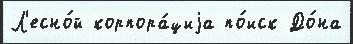
Л'есно́й корпора́циjа по́иск До́на